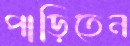
পাড়িতেন